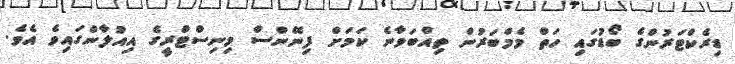
ޑިރެކްޓަރުންގެ ބޯޑުގައި ހަތް މެމްބަރުން ތިއްބަވާނެ ކަމަށް ފިނޭންސް މިނިސްޓްރީގެ އިއުލާންގައިވެ އެވެ.